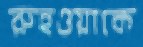
রুহওয়াকে